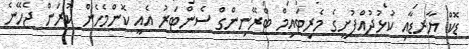
ޑޮކް ޔާރޑާއި ކުޅުދުއްފުށީގެ މެރިޓައިމް ޓްރޭނިންގް ސެންޓަރު އެއީ ކޮންމެހެން ކުރަން ޖެހޭނެ